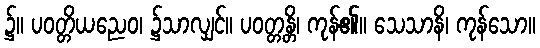
၌။ ပဝတ္တိယညေဝ၊ ၌သာလျှင်။ ပဝတ္တန္တိ၊ ကုန်၏။ သေသာနိ၊ ကုန်သော။